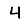
Digit: 4